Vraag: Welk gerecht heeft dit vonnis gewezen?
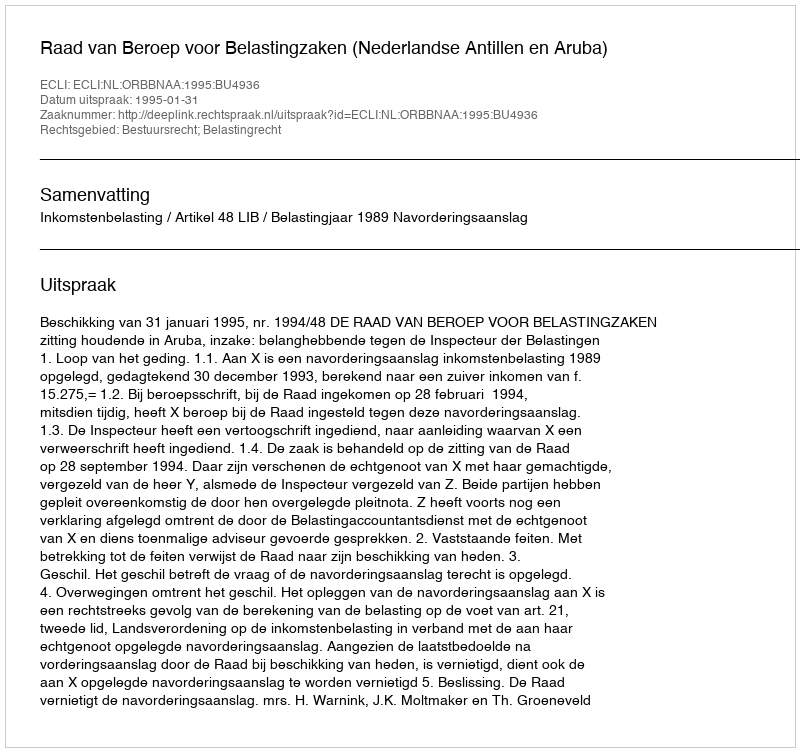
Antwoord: Raad van Beroep voor Belastingzaken (Nederlandse Antillen en Aruba)